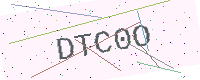
Text: DTC0O